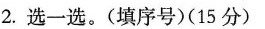
2.选一选。(填序号)(15分)